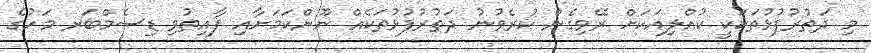
މި ދަތުރުފުޅުތަކަކީ ކުއްލިއަކަށް ރޭވިގެން ކުރެވުނު ދަތުރުފުޅުތަކެއް ނޫންކަމަށާއި ފާއިތުވި ޑިސެމްބަރ މަހުގެ